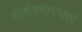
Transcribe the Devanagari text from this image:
तीर्थस्नानफलं